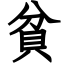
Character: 貧